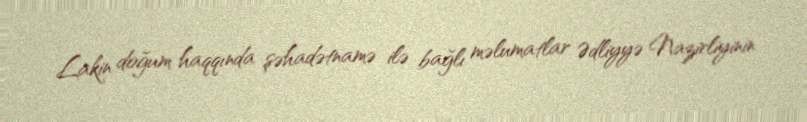
Lakin doğum haqqında şəhadətnamə ilə bağlı məlumatlar Ədliyyə Nazirliyinin